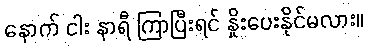
နောက် ငါး နာရီ ကြာပြီးရင် နှိုးပေးနိုင်မလား။